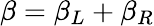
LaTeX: \beta=\beta_{L}+\beta_{R}